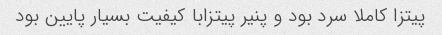
پیتزا کاملا سرد بود و پنیر پیتزابا کیفیت بسیار پایین بود